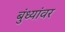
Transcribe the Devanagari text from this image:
बुंध्यांवर